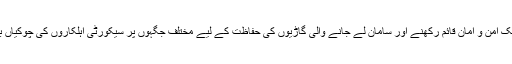
پشاور سے طورخم تک امن و امان قائم رکھنے اور سامان لے جانے والی گاڑیوں کی حفاظت کے لیے مختلف جگہوں پر سیکورٹی اہلکاروں کی چوکیاں بھی قائم کی گئی ہیں۔